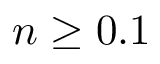
n \ge 0 . 1